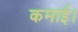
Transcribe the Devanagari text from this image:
कमाई।